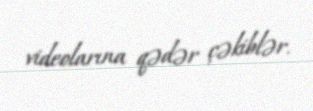
videolarına qədər çəkiblər.